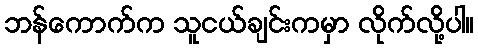
ဘန်ကောက်က သူငယ်ချင်းကမှာ လိုက်လို့ပါ။